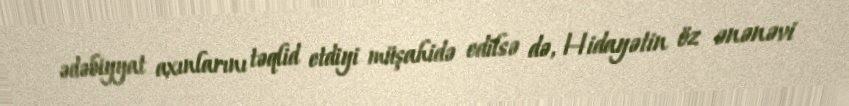
ədəbiyyat axınlarını təqlid etdiyi müşahidə edilsə də, Hidayətin öz ənənəvi